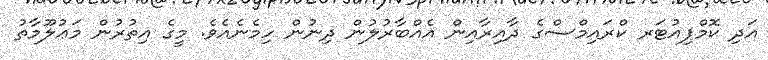
އަދި ކޮމްޕިއުޓަރ ކްރައިމްސްގެ ދާއިރާއިން އެއްބާރުލުން ދިނުން ހިމެނެއެވެ. މީގެ އިތުރުން މަޢުލޫމާތު